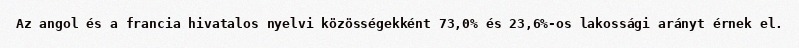
Az angol és a francia hivatalos nyelvi közösségekként 73,0% és 23,6%-os lakossági arányt érnek el.